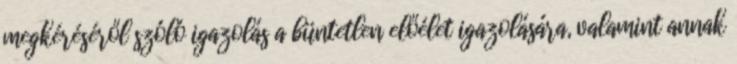
megkéréséről szóló igazolás a büntetlen előélet igazolására, valamint annak